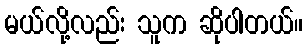
မယ်လို့လည်း သူက ဆိုပါတယ်။